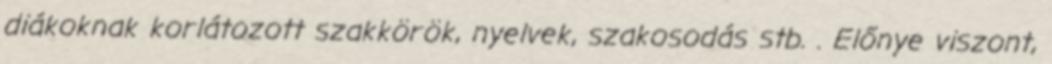
diákoknak korlátozott szakkörök, nyelvek, szakosodás stb. . Előnye viszont,